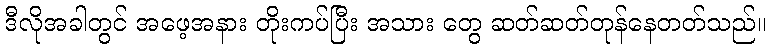
ဒီလိုအခါတွင် အဖေ့အနား တိုးကပ်ပြီး အသား တွေ ဆတ်ဆတ်တုန်နေတတ်သည်။